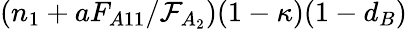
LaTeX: (n_{1}+aF_{A11}/\mathcal{F}_{A_{2}})(1-\kappa)(1-d_{B})